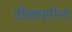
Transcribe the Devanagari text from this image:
दीक्षाभूमीला